Vaccination in Bombay 1869-1873 - 1869-1873
Year: 1869
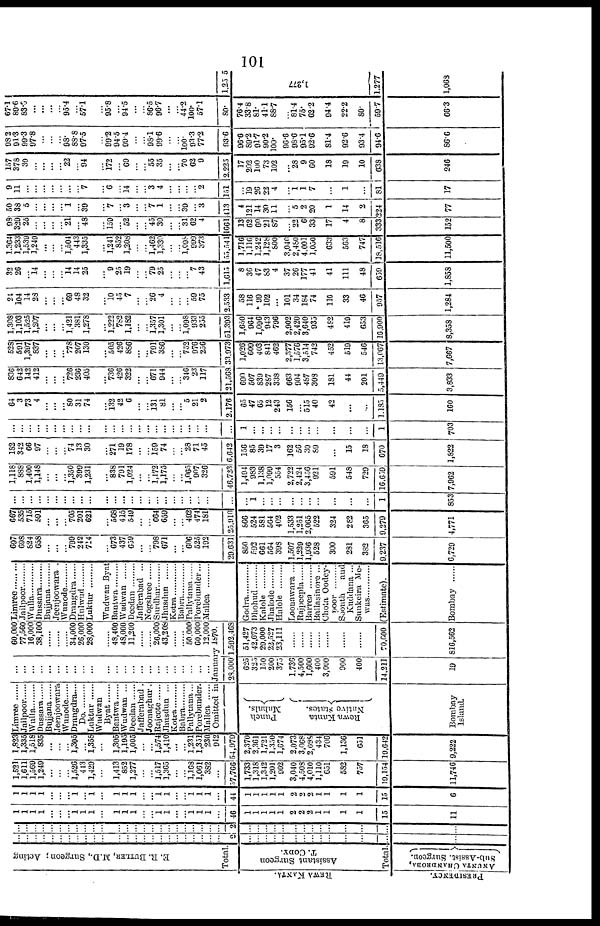
101
E. R. BUTLER, M.D., Surgeon; Acting
Total.
REWA KANTA.
PRESIDENCY.
Assistant Surgeon
T. CODY.
Total.
ANUNTA CHANDROBA,
Sub-Assist. Surgeon.
...
..
...
...
...
..
...
..
...
...
...
...
...
...
...
..
...
...
...
...
..
...
...
...
2
...
...
...
...
...
...
...
...
...
...
...
...
...
...
...
...
...
...
...
...
... ...
...
...
...
...
...
...
...
...
...
...
...
...
... ...
...
...
2
...
...
...
...
...
...
...
...
...
...
...
...
...
...
1
1
1
1
...
...
... 1
1
1
...
1
1
1
...
...
1
1
...
...
1
1
1
...
46
1
1
1
1
1
2
2
2
1
1
1
1
15
11
1
1
1
1
...
...
... 1
... 1
...
1
1
1
...
... 1
1
...
... 1
1
1
...
44
1
1
1
1
1
2
2
2
1
1
1
1
15
6
1,521
1,611
1,569
1,249
...
...
... 1,526
443
1,429
...
1,413
852
1,277
...
... 1,517
1,365
...
... 1,168
1,061
382
...
57,766
1,733
1,318
1,342
1,201
902
3,040
4,508
4,010
1,110
651
582
757
19,154
11,746
1,823
1,335
1,518
835
...
...
... 1,305
... 1,358
...
1,305
1,195
1,005
...
... l,574
1,410
...
... 1,231
1,351
230
912
54,979
2,370
2,361
1,721
1,350
1,674
2,073
3,068
2,098
434
706
1,136
651
19,642
9,222
Limree ......
Jailpoor ......
Wulla
Dussara ......
Bujjana ......
Jeenjoowara
Wunode...... Drangdra...
Do.
Luktur ......
Wndwan
Byat
Bantwa ......
Wudwan ..
Deedan...... Jafferabad.
Joonaghur.
Rajcote ......
Jhusdun ..
Kotra .........
Babra...... Pallytana...
Porebunder.
Mallea......
...
...
...
...
...
...
...
...
...
...
...
...
...
...
...
...
...
...
...
...
...
...
...
60,000
77,560
16,000
38,100
......
......
...... 34,000
26,000
28,000
......
48,400
48,000
11,200
......
...... 26,000
43,208
......
...... 50,000
60,000
12,000
Omitted in January 1870.
Punch,
Mahals.
Rewa Kanta
Native States.
Bombay
Island.
28,000
625
325
150
200
375
1,736
4,500
1,600
400
3,000
900
400
14,211
19
1,592,468
51,427
42,673
29,000
22,527
23,111
......
......
......
......
......
......
......
70,600
816,562
Limree
Tailpoor
Wulla
Dussara ......
Bujjana ......
Jeenjoowara.
Wunode ......
Drangdra ......
Hulwud
Luktur ......
Wudwan Byat
bantwa ......
Wudwan
Deedan...... Jafferabad ..
Nogshree ......
Surdhar ......
Jhusdun ......
Kotra .........
Babra
Pallytana
Porebunder...
Mallea
Godra ............
Dhohud
Kalole
Jhalode .........
Halole
Loonawara ...
Rnjpeepla
Barrea
Ballasinore ...
Chota Oodey-
poor .........
Soonth
and
Kuddana ...
Sunkeira Me-
was .........
(Estimate).
Bombay ......
697
698
824
658
...
...
... 799
242
714
...
673
437
659
...
... 798
671
...
... 606
525
192
29,631
850
592
661
564
398
1,507
1,229
1,936
528
300
281
382
9,237
6,729
667
535
715
591
...
...
... 705
201
621
...
568
415
549
...
... 664
659
...
... 492
474
181
25,910
866
524
581
564
402
1,533
1,251
2,065
522
324
282
365
9,279
4,771
...
... ...
...
...
...
...
...
...
...
...
...
...
...
...
...
...
...
...
...
...
...
...
...
...
1
...
...
...
...
...
...
...
...
...
...
1
853
1,118
888
1,400
1,148
...
...
... 1,350
399
1,231
...
838
791
1,024
...
... 1,172
1,175
...
... 1,065
907
326
46,723
1,494
983
1,138
1,099
554
2,722
2,424
3,456
921
591
548
729
16,659
7,962
182
342
66
97
...
...
... 74
13
30
...
271
19
178
...
... 159
74
...
... 28
71
45
6,642
156
85
39
17
3
162
56
30
89
...
15
18
670
1,822
...
...
...
...
...
...
...
...
...
...
...
...
...
...
...
...
...
...
...
...
...
...
...
... 1
...
...
...
...
...
...
...
...
...
...
...
1
703
64
3
73
4
...
...
... 80
31
74
...
132
42
6
...
... 131
81
...
... 5
21
2
2,176
65
47
65
12
243
156
... 515
40
42
...
...
1,185
160
836
642
142
412
...
...
... 726
236
405
...
736
426
322
...
... 671
944
...
... 346
23
117
21,568
690
507
839
287
338
663
904
487
308
181
44
201
5,449
3,833
528
591
1,397
837
...
...
... 778
207
130
...
505
426
886
...
... 791
386
...
... 752
976
256
33,973
1,026
609
403
841
462
2,377
1,576
3,514
742
452
519
546
13,067
7,667
1,308
1,103
1,525
1,207
...
...
... 1,421
381
1,278
...
1,222
782
1,182
...
... 1,357
1,301
...
... 1,098
933
255
51,393
1,650
964
1,096
943
796
2,902
2,420
3,640
935
482
419
653
16,900
8,358
24
104
14
28
...
...
... 69
48
32
...
10
45
7
...
... 26
4
...
...
... 59
75
2,533
58
116
99
102
...
101
34
184
74
110
33
46
957
1,284
32
26
... 14
...
...
... 14
14
25
...
9
25
19
...
... 79
25
...
...
... 7
43
1,615
8
36
47
83
4
37
26
177
41
41
111
48
659
1,858
1,364
1,233
1,539
1,249
...
...
... 1,504
443
1,335
...
1,241
852
l,208
...
... 1,462
1,330
...
... 1,098
999
373
55,541
1,716
1,116
1,242
1,128
800
3,040
2,480
4,001
1,050
633
563
747
18,516
11,500
98
329
25
...
...
...
... 21
... 48
...
159
... 52
...
... 45
30
...
... 31
62
4
1661
13
62
60
21
87
...
22
6
33
17
4
8
333
152
50
38
5
...
...
...
... 1
... 39
...
7
... 3
...
... 7
1
...
... 39
...
3
413
4
121
14
30
11
...
5
2
20
1
14
2
224
77
9
11
...
...
...
...
...
...
... 7
...
6
... 14
...
... 3
4
...
...
...
... 2
151
...
19
26
22
4
...
1 1
7
...
1
...
81
17
157
378
30
...
...
...
... 22
... 94
...
172
... 69
...
... 55
35
...
... 70
62
9
2,225
17
202
100
73
102
...
28
9
60
18
19
10
638
246
98.2
91.3
99.3
97.8
...
...
... 98.
88.8
97.5
...
99.2
94.5
99.4
...
... 98.1
99.6
...
... 100.
93.3
77.2
93.6
96.6
89.2
91.7
90.2
100.
96.6
98.6
95.1
92.6
81.4
92.6
93.4
94.6
86.6
67.1
89.6
83.6
...
...
...
... 95.4
... 57.1
...
95.8
... 94.5
...
... 86.5
96.7
...
... 44.2
100.
57.1
80.
76.4
33.8
81.
41.1
88.7
...
81.4
75.
62.2
94.4
22.2
80.
59.7
66.3
1,255
1,277
1,277
1,068